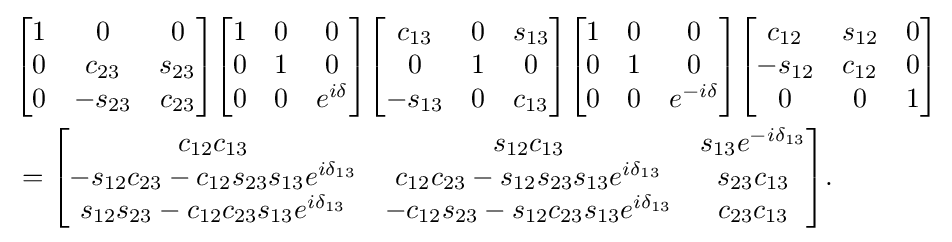
{\begin{aligned}&{\begin{bmatrix}1&0&0\\0&c_{23}&s_{23}\\0&-s_{23}&c_{23}\end{bmatrix}}{\begin{bmatrix}1&0&0\\0&1&0\\0&0&e^{i\delta }\end{bmatrix}}{\begin{bmatrix}c_{13}&0&s_{13}\\0&1&0\\-s_{13}&0&c_{13}\\\end{bmatrix}}{\begin{bmatrix}1&0&0\\0&1&0\\0&0&e^{-i\delta }\end{bmatrix}}{\begin{bmatrix}c_{12}&s_{12}&0\\-s_{12}&c_{12}&0\\0&0&1\end{bmatrix}}\\&={\begin{bmatrix}c_{12}c_{13}&s_{12}c_{13}&s_{13}e^{-i\delta _{13}}\\-s_{12}c_{23}-c_{12}s_{23}s_{13}e^{i\delta _{13}}&c_{12}c_{23}-s_{12}s_{23}s_{13}e^{i\delta _{13}}&s_{23}c_{13}\\s_{12}s_{23}-c_{12}c_{23}s_{13}e^{i\delta _{13}}&-c_{12}s_{23}-s_{12}c_{23}s_{13}e^{i\delta _{13}}&c_{23}c_{13}\end{bmatrix}}.\end{aligned}}